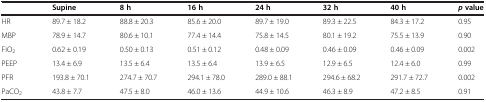
|  | Supine | 8 h | 16 h | 24 h | 32 h | 40 h | pvalue |
 | --- | --- | --- | --- | --- | --- | --- | --- |
 | HR | 89.7 ± 18.2 | 88.8 ± 20.3 | 85.6 ± 20.0 | 89.7 ± 19.0 | 89.3 ± 22.5 | 84.3 ± 17.2 | 0.95 |
 | MBP | 78.9 ± 14.7 | 80.6 ± 10.1 | 77.4 ± 14.4 | 75.8 ± 14.5 | 80.1 ± 19.2 | 75.5 ± 13.9 | 0.90 |
 | FiO2 | 0.62 ± 0.19 | 0.50 ± 0.13 | 0.51 ± 0.12 | 0.48 ± 0.09 | 0.46 ± 0.09 | 0.46 ± 0.09 | 0.002 |
 | PEEP | 13.4 ± 6.9 | 13.5 ± 6.4 | 13.5 ± 6.4 | 13.9 ± 6.5 | 12.9 ± 6.5 | 12.4 ± 6.0 | 0.99 |
 | PFR | 193.8 ± 70.1 | 274.7 ± 70.7 | 294.1 ± 78.0 | 289.0 ± 88.1 | 294.6 ± 68.2 | 291.7 ± 72.7 | 0.002 |
 | PaCO2 | 43.8 ± 7.7 | 47.5 ± 8.0 | 46.0 ± 13.6 | 44.9 ± 10.6 | 46.3 ± 8.9 | 47.2 ± 8.5 | 0.91 |